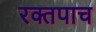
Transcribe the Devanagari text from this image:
रक्तपाच